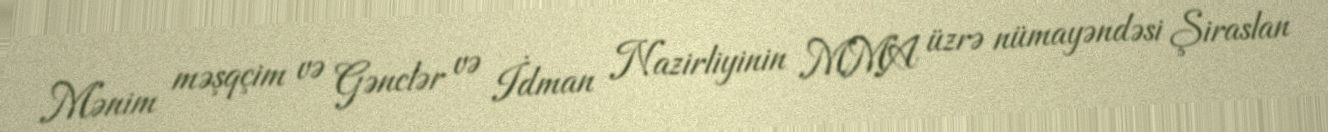
Mənim məşqçim və Gənclər və İdman Nazirliyinin MMA üzrə nümayəndəsi Şiraslan